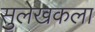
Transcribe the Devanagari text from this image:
सुलेखकला